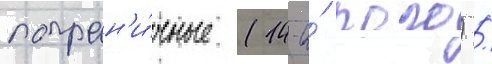
погран'и́чные (14-и́ пого) /